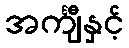
အင်္ကျီနှင့်